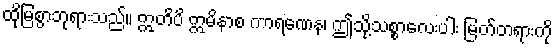
ထိုမြစွာဘုရားသည်။ ဣတိပိ ဣမိနာစ ကာရဏေန၊ ဤသို့သစ္စာလေးပါး မြတ်တရားကို